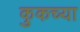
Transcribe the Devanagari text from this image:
कुकच्या